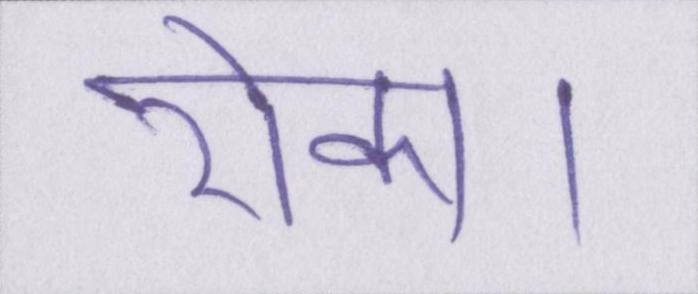
रोका।